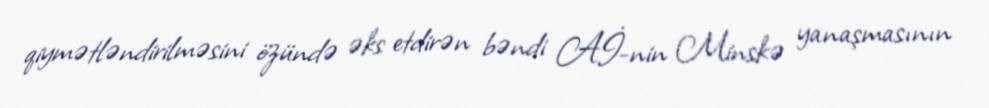
qiymətləndirilməsini özündə əks etdirən bəndi Aİ-nin Minskə yanaşmasının